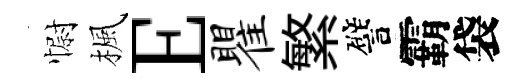
𢠢楓E瞿繁譬霸袋